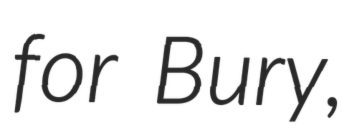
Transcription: for Bury,